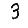
Digit: 3